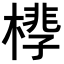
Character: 𪳧